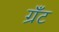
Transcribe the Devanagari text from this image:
ग्रॅंट